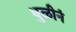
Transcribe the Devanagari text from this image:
धुळीनं